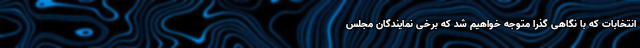
انتخابات که با نگاهی گذرا متوجه خواهیم شد که برخی نمایندگان مجلس